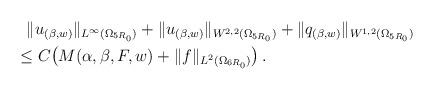
LaTeX: \begin{align*}& ~~\| u_{(\beta,w)} \|_{L^\infty(\Omega_{5 R_0})} + \| u_{(\beta,w)} \|_{W^{2,2}(\Omega_{5 R_0})} + \| q_{(\beta,w)} \|_{W^{1,2}(\Omega_{5 R_0})} \\& \leq C \big ( M (\alpha,\beta,F, w) + \| f \|_{L^2 (\Omega_{6 R_0})} \big )\,.\end{align*}